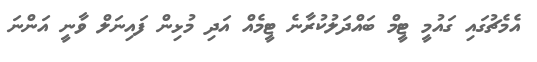
އެމެޗުގައި ގައުމީ ޓީމް ބައްދަލުކުރާނެ ޓީމެއް އަދި މުޅިން ފައިނަލް ވާނީ އަންނަ